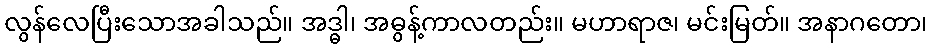
လွန်လေပြီးသောအခါသည်။ အဒ္ဓါ၊ အဓွန့်ကာလတည်း။ မဟာရာဇ၊ မင်းမြတ်။ အနာဂတော၊